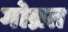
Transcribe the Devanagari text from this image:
गोव्रत